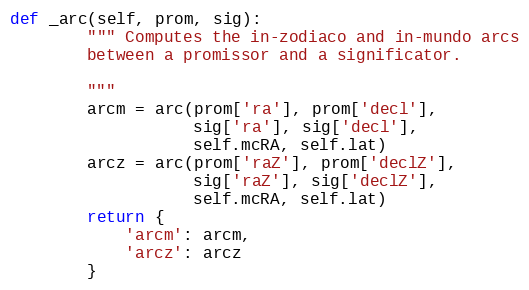
Language: Python
def _arc(self, prom, sig):
        """ Computes the in-zodiaco and in-mundo arcs
        between a promissor and a significator.

        """
        arcm = arc(prom['ra'], prom['decl'],
                   sig['ra'], sig['decl'],
                   self.mcRA, self.lat)
        arcz = arc(prom['raZ'], prom['declZ'],
                   sig['raZ'], sig['declZ'],
                   self.mcRA, self.lat)
        return {
            'arcm': arcm,
            'arcz': arcz
        }